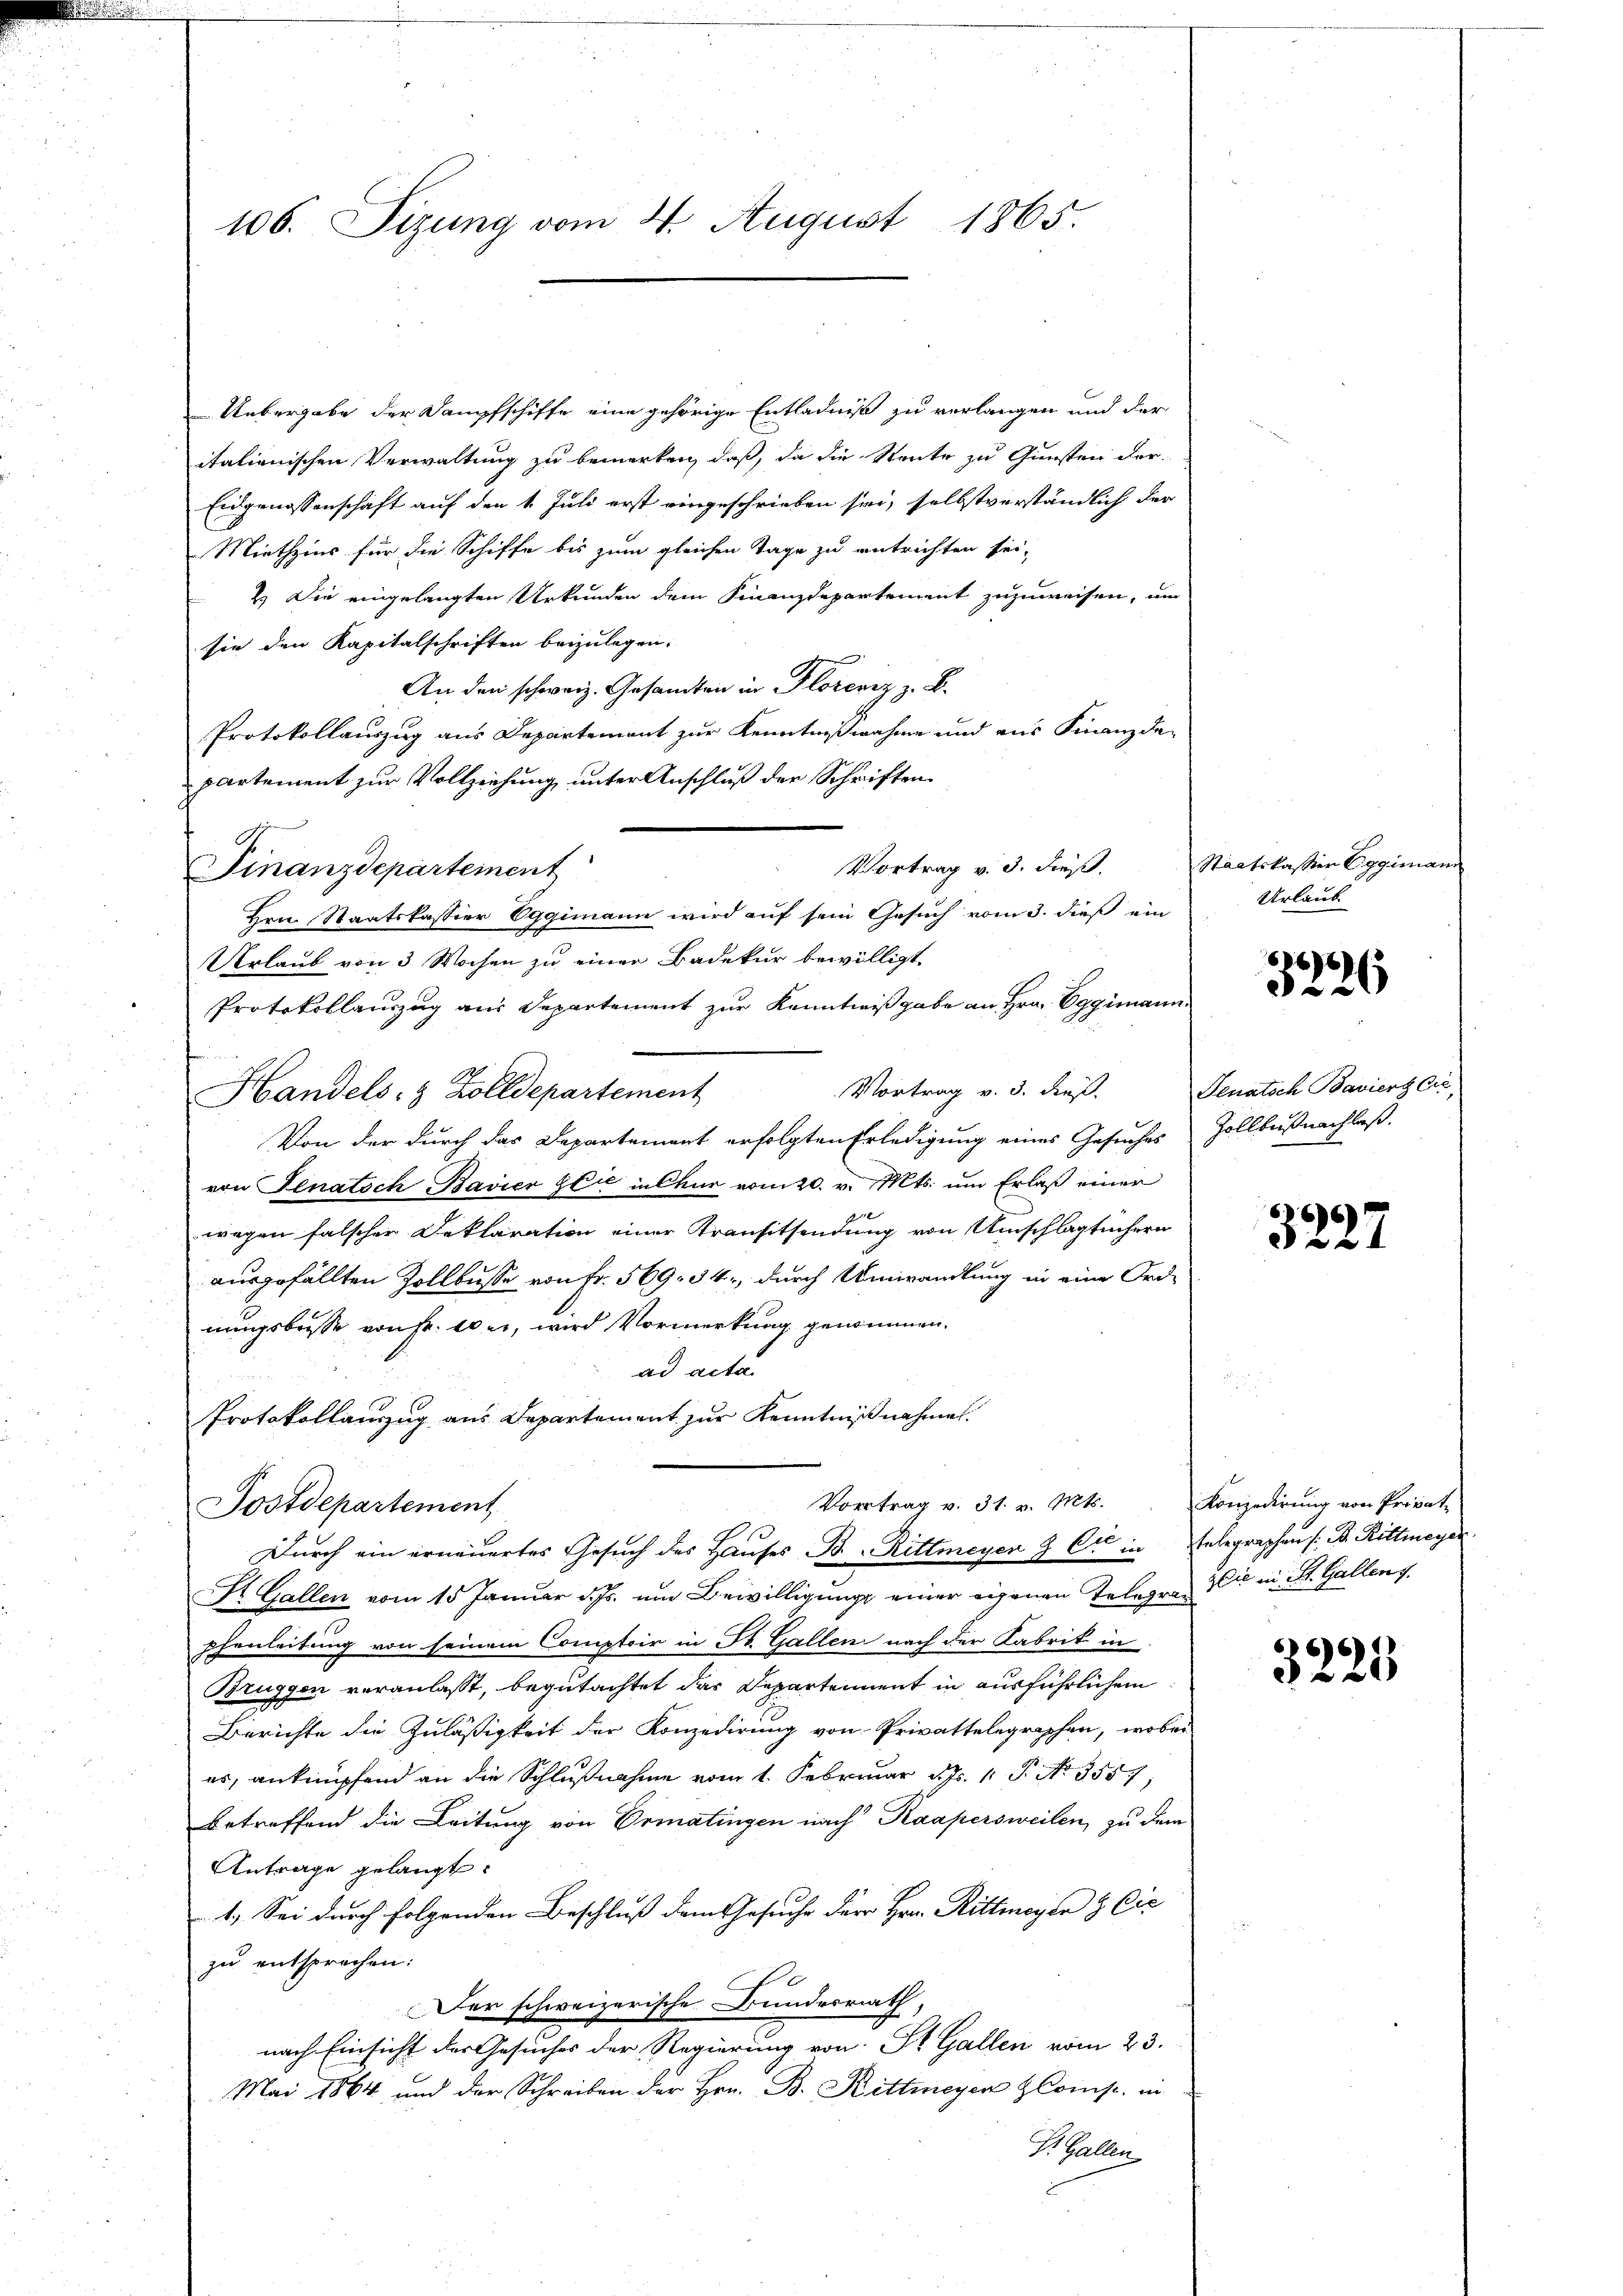
Uebergabe der Dampfschiffe eine gehörige Entladniß zu verlangen und der
itationischen Verwaltung zu bemerken, daß, da die Rente zu Gunsten der-
Eidgenossenschaft auf den 1. Juli erst eingeschrieben sei, selbstverständlich der
Miethzins für die Schiffe bis zum gleichen Tage zu entrichten sei,
2.) Die eingelangten Urkunden dem Finanzdepartement zuzuweisen, um
sie den Kapitalschriften beizulegen.
An den schweiz. Gesandten in Florenz z. B.
Protokollauszug aus Departement zur Kenntnißnahme und aus Finanzde-
partement zur Vollziehung unter Anschluß der Schriften
Vortrag v. 3. dieß.
Finanzdepartement
Hrn. Staatskassier Eggimann wird auf sein Gesuch vom 3. dieß ein
Urlaub von 3 Wochen zu einer Badekur bewilligt
Protokollauszug aus Departement zur Kenntnißgabe an Hrn. Eggimann.
Vortrag v. 3. dieß.
Handels- & Zolldepartement
Von der durch das Departement erfolgten Erledigung eines Gesuches Zollbüßnachlaß.
von Senatsch Bavier Glie in Chur vom 20. v. Mts. um Erlaß einer
wegen falscher Deklaration einer Transitsendung von Umschlägtüchern
ausgefällten Zollbusse von Fr. 569. 34, durch Umwandlung in eine Ord-
nungsbusse von Fr. 1 er, wird Vormerkung genommen.
ad acta.
Protokollauszug aus Departement zur Kenntnißnahmen.
Vortrag v. 31. v. Mts.
Postdepartement
Durch ein erneuertes Gesuch des Hauses B. Rittmeyer & Cie in Telegraphen s. B. Rittmeyer
St. Gallen vom 15 Januar d. Js. um Bewilligung einer eigenen Telegras Du in St. Gallen g
phenleitung von seinem Comptoir in St. Gallen nach der Fabrik in
Brüggen veranlasst, begutachtet das Departement in ausführlichem
Berichte die Zuläßigkeit der Konzedirung von Privattelegraphen, wobei
es, anknüpfend an die Schlußnahme vom 1. Februar d. Js. 1 P. Nr. 3557,
betreffend die Leitung von Ermatingen nach Kaapersweilen, zu dem
Antrage gelangt.
1.) Sei durch folgenden Beschluss dem Gesuche der Hrn. Ritteneger & Cie
zu entsprechen:
Der schweizerische Bundesrath,
nach Einsicht der Gesuches der Regierung von St. Gallen vom 23.
Mai 1864 und der Schreiben der Hrn. B. Rittmeyer Const. in
S. Gallen

106. Sizung vom 4. August 1865.

Staatskassier Eggimann
Urlaub

3226

Senatsch Baviers Cre

3227

Konzedirung von Privat¬

3225